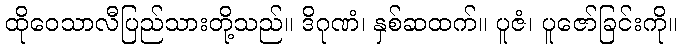
ထိုဝေသာလီပြည်သားတို့သည်။ ဒိဂုဏံ၊ နှစ်ဆထက်။ ပူဇံ၊ ပူဇော်ခြင်းကို။